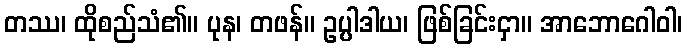
တဿ၊ ထိုစည်သံ၏။ ပုန၊ တဖန်။ ဥပ္ပါဒါယ၊ ဖြစ်ခြင်းငှာ။ အာဘောဂေါဝါ၊